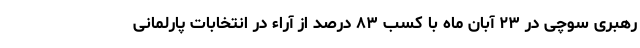
رهبری سوچی در ۲۳ آبان ماه با کسب ۸۳ درصد از آراء در انتخابات پارلمانی